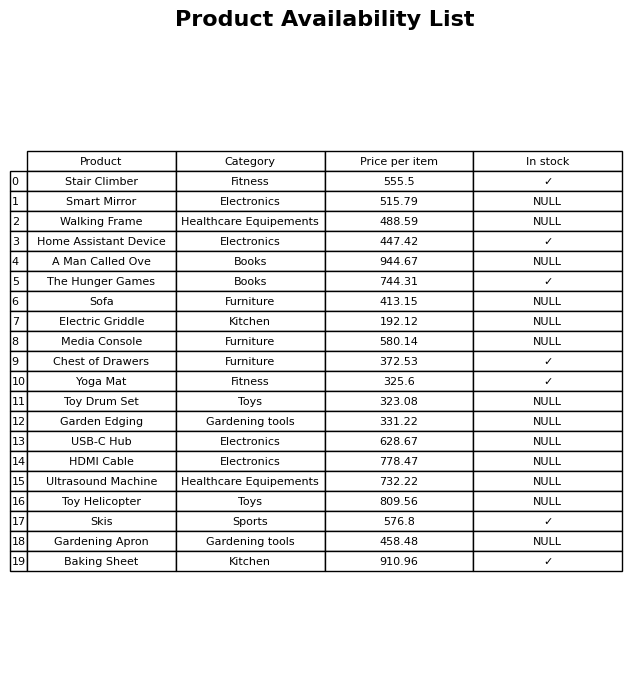
question: What is the price of the Toy Drum Set?
answer: The price of Toy Drum Set is 323.08.